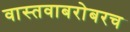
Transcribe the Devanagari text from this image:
वास्तवाबरोबरच